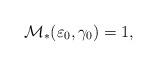
LaTeX: \begin{align*}{\mathcal M}_*(\varepsilon_0, \gamma_0) =1,\end{align*}